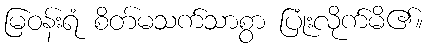
မြဝန်းရံ စိတ်မသက်သာစွာ ပြုံးလိုက်မိ၏။